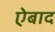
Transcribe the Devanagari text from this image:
ऐबाद